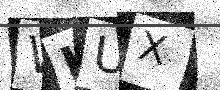
Text: WKUX